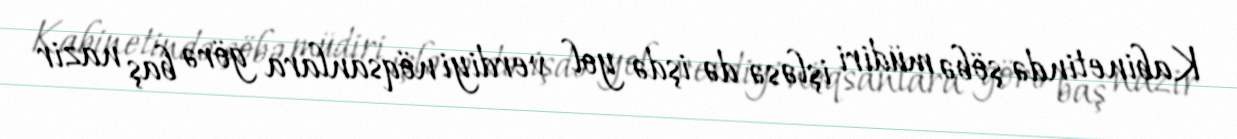
Kabinetində şöbə müdiri işləsə də işdə yol verdiyi nöqsanlara görə baş nazir